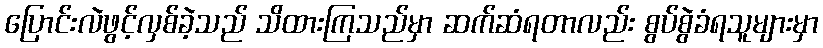
ပြောင်းလဲဖွင့်လှစ်ခဲ့သည် သိထားကြသည်မှာ ဆက်ဆံရတာလည်း စွပ်စွဲခံရသူများမှာ